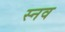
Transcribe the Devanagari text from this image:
स्नव